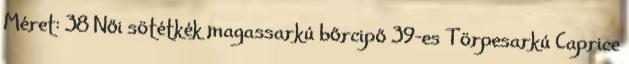
Méret: 38 Női sötétkék magassarkú bőrcipő 39-es Törpesarkú Caprice